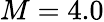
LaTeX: M=4.0